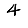
Digit: 4